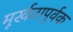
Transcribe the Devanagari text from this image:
मूर्खतापूर्वक